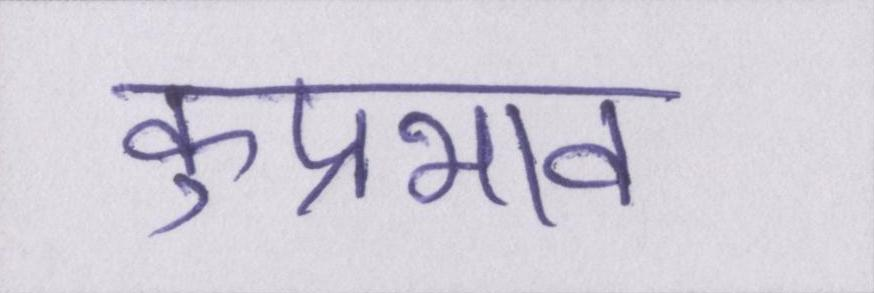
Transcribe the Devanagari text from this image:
कुप्रभाव